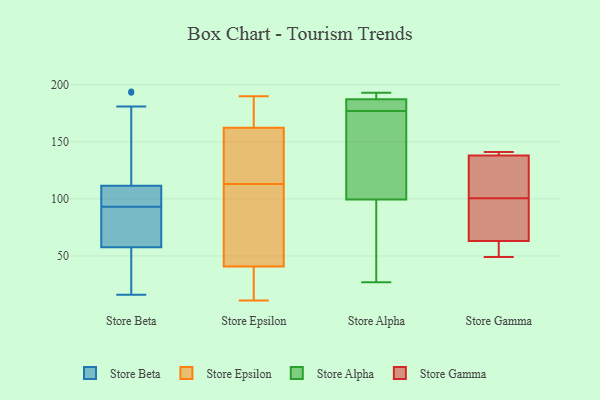
{"axis": {"x": "Conversion Rate (%)", "y": "Value"}, "legend": ["Store Alpha", "Store Beta", "Store Epsilon", "Store Gamma"], "data": [{"x": "", "y": 50, "type": "Store Beta"}, {"x": "", "y": 91, "type": "Store Beta"}, {"x": "", "y": 113, "type": "Store Beta"}, {"x": "", "y": 86, "type": "Store Beta"}, {"x": "", "y": 45, "type": "Store Beta"}, {"x": "", "y": 107, "type": "Store Beta"}, {"x": "", "y": 39, "type": "Store Beta"}, {"x": "", "y": 80, "type": "Store Beta"}, {"x": "", "y": 110, "type": "Store Beta"}, {"x": "", "y": 108, "type": "Store Beta"}, {"x": "", "y": 16, "type": "Store Beta"}, {"x": "", "y": 181, "type": "Store Beta"}, {"x": "", "y": 65, "type": "Store Beta"}, {"x": "", "y": 193, "type": "Store Beta"}, {"x": "", "y": 194, "type": "Store Beta"}, {"x": "", "y": 95, "type": "Store Beta"}, {"x": "", "y": 123, "type": "Store Epsilon"}, {"x": "", "y": 162, "type": "Store Epsilon"}, {"x": "", "y": 28, "type": "Store Epsilon"}, {"x": "", "y": 11, "type": "Store Epsilon"}, {"x": "", "y": 153, "type": "Store Epsilon"}, {"x": "", "y": 174, "type": "Store Epsilon"}, {"x": "", "y": 45, "type": "Store Epsilon"}, {"x": "", "y": 54, "type": "Store Epsilon"}, {"x": "", "y": 190, "type": "Store Epsilon"}, {"x": "", "y": 59, "type": "Store Epsilon"}, {"x": "", "y": 18, "type": "Store Epsilon"}, {"x": "", "y": 163, "type": "Store Epsilon"}, {"x": "", "y": 113, "type": "Store Epsilon"}, {"x": "", "y": 193, "type": "Store Alpha"}, {"x": "", "y": 189, "type": "Store Alpha"}, {"x": "", "y": 177, "type": "Store Alpha"}, {"x": "", "y": 27, "type": "Store Alpha"}, {"x": "", "y": 189, "type": "Store Alpha"}, {"x": "", "y": 92, "type": "Store Alpha"}, {"x": "", "y": 77, "type": "Store Alpha"}, {"x": "", "y": 140, "type": "Store Alpha"}, {"x": "", "y": 180, "type": "Store Alpha"}, {"x": "", "y": 182, "type": "Store Alpha"}, {"x": "", "y": 122, "type": "Store Alpha"}, {"x": "", "y": 138, "type": "Store Gamma"}, {"x": "", "y": 141, "type": "Store Gamma"}, {"x": "", "y": 108, "type": "Store Gamma"}, {"x": "", "y": 140, "type": "Store Gamma"}, {"x": "", "y": 71, "type": "Store Gamma"}, {"x": "", "y": 49, "type": "Store Gamma"}, {"x": "", "y": 110, "type": "Store Gamma"}, {"x": "", "y": 63, "type": "Store Gamma"}, {"x": "", "y": 93, "type": "Store Gamma"}, {"x": "", "y": 54, "type": "Store Gamma"}]}